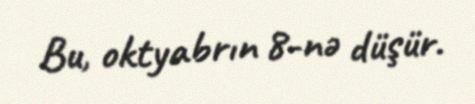
Bu, oktyabrın 8-nə düşür.